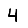
Digit: 4